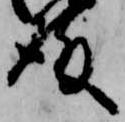
殿